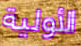
الأولية